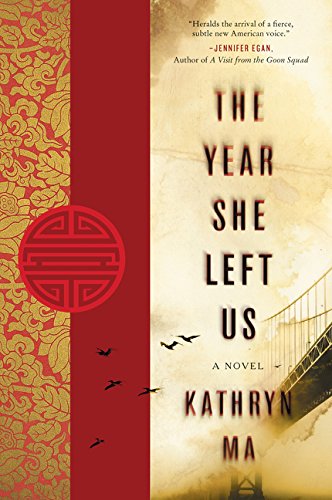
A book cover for The Year She Left Us: A Novel (P.S.); Kathryn Ma; Literature & Fiction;